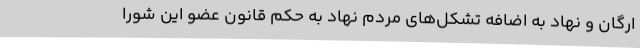
ارگان و نهاد به اضافه تشکل‌های مردم نهاد به حکم قانون عضو این شورا